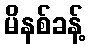
မိနစ်ခန့်